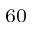
_ { 6 0 }